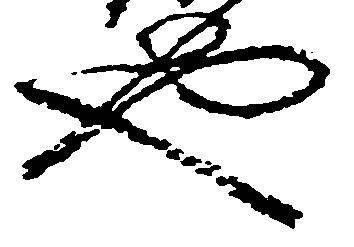
也